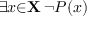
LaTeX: \exists { x } { \in } \mathbf { X } \, \lnot P ( x )